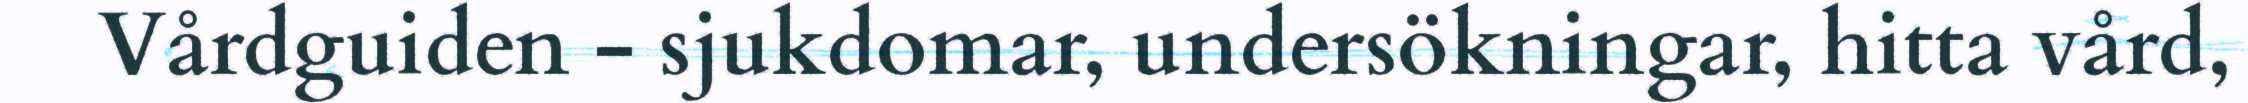
Vårdguiden - sjukdomar, undersökningar, hitta vård,